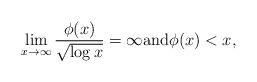
LaTeX: \begin{align*}\lim\limits_{x\to \infty}\frac{\phi(x)}{\sqrt{\log x}}=\infty \mbox{and} \phi(x)<x,\end{align*}